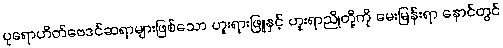
ပုရောဟိတ်ဗေဒင်ဆရာများဖြစ်သော ဟူးရားဖြူနှင့် ဟူးရာညိုတို့ကို မေးမြန်းရာ နောင်တွင်